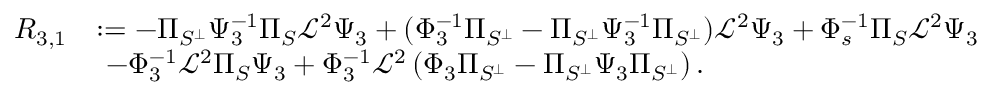
\begin{array} { r l } { R _ { 3 , 1 } } & { : = - \Pi _ { S ^ { \perp } } \Psi _ { 3 } ^ { - 1 } \Pi _ { S } \mathcal { L } ^ { 2 } \Psi _ { 3 } + ( \Phi _ { 3 } ^ { - 1 } \Pi _ { S ^ { \perp } } - \Pi _ { S ^ { \perp } } \Psi _ { 3 } ^ { - 1 } \Pi _ { S ^ { \perp } } ) \mathcal { L } ^ { 2 } \Psi _ { 3 } + \Phi _ { s } ^ { - 1 } \Pi _ { S } \mathcal { L } ^ { 2 } \Psi _ { 3 } } \\ & { \ - \Phi _ { 3 } ^ { - 1 } \mathcal { L } ^ { 2 } \Pi _ { S } \Psi _ { 3 } + \Phi _ { 3 } ^ { - 1 } \mathcal { L } ^ { 2 } \left( \Phi _ { 3 } \Pi _ { S ^ { \perp } } - \Pi _ { S ^ { \perp } } \Psi _ { 3 } \Pi _ { S ^ { \perp } } \right) . } \end{array}